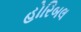
હોરિબલ